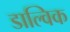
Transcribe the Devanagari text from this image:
डाल्विक